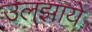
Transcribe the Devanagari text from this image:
उलझाये